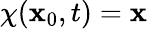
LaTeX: \chi(\mathbf{x}_{0},t)=\mathbf{x}